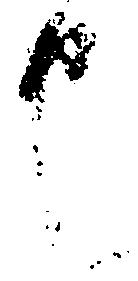
也